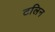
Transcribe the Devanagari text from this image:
टलिन